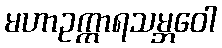
မဟာဥက္ကာရသမ္ဘဝေါ